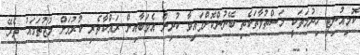
ކޮމިއުނިޓީ ހިދުމަތަކީ މަސްތުވާތަކެތި ބޭނުންކޮށްފައިވާ ކުދިން އެވަބާއިން ރައްކާތެރި ކުރުމަށް މުޖުތަމައު ތެރޭ